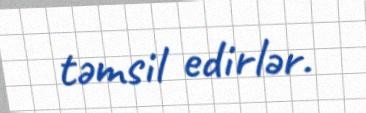
təmsil edirlər.